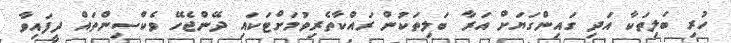
ހުރި ބަލިތަކާ އަދި ގައިންގަޔަށް އަރާ ބަލިތަކުން ރައްކާތެރިވުމަށްޓަކައި ދޭންޖެހޭ ވެކްސިންތައް ދީފައިވާ